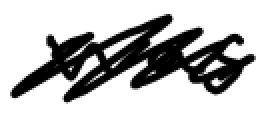
Text: was
Cross-out: scratch
Writing tool: digital_black